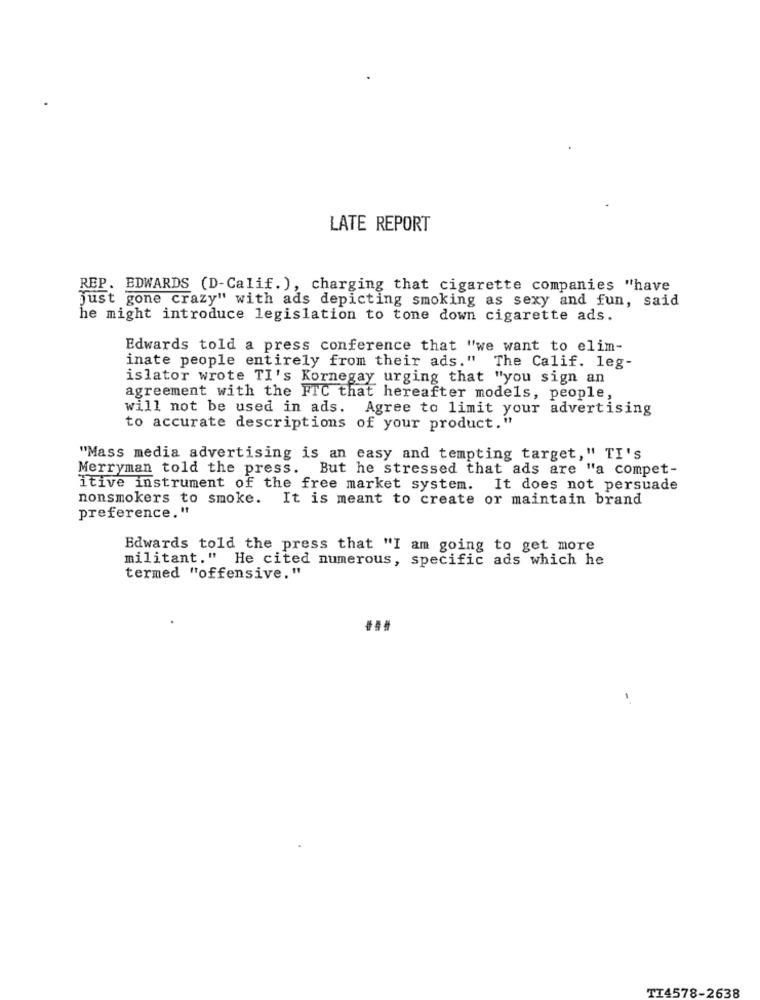
LATE REPORT
REP. EDWARDS (D-Calif. ), charging that cigarette companies "have
just gone crazy" with ads depicting smoking as sexy and fun, said
he might introduce legislation to tone down cigarette ads.
Edwards told a press conference that "we want to elim-
inate people entirely from their ads."
The Calif. leg-
islator wrote TI's Kornegay urging that "you sign an
agreement with the FTC that hereafter models, people,
will not be used in ads. Agree to limit your advertising
to accurate descriptions of your product."
"Mass media advertising is an easy and tempting target," TI's
Merryman told the press. But he stressed that ads are "a compet-
itive instrument of the free market system. It does not persuade
nonsmokers to smoke. It is meant to create or maintain brand
preference."
Edwards told the press that "I am going to get more
militant." He cited numerous, specific ads which he
termed "offensive,"
...
TI4578-2638